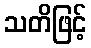
သတိဖြင့်